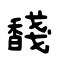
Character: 馢